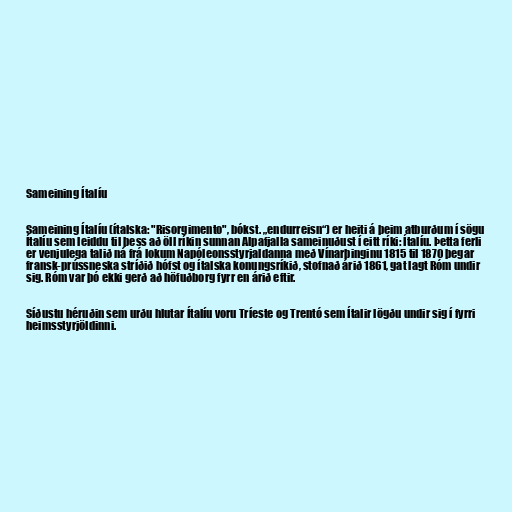
Sameining Ítalíu

Sameining Ítalíu (ítalska: "Risorgimento", bókst. „endurreisn“) er heiti á þeim atburðum í sögu
Ítalíu sem leiddu til þess að öll ríkin sunnan Alpafjalla sameinuðust í eitt ríki: Ítalíu. Þetta ferli
er venjulega talið ná frá lokum Napóleonsstyrjaldanna með Vínarþinginu 1815 til 1870 þegar
fransk-prússneska stríðið hófst og ítalska konungsríkið, stofnað árið 1861, gat lagt Róm undir
sig. Róm var þó ekki gerð að höfuðborg fyrr en árið eftir.

Síðustu héruðin sem urðu hlutar Ítalíu voru Tríeste og Trentó sem Ítalir lögðu undir sig í fyrri
heimsstyrjöldinni.